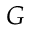
G